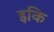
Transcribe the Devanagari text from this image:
इकि